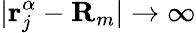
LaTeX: |\mathbf{r}_{j}^{\alpha}-\mathbf{R}_{m}|\rightarrow\infty